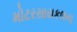
મોટરસાયકલના